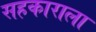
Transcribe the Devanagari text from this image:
सहकाराला